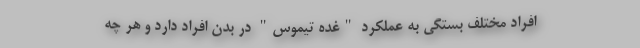
افراد مختلف بستگی به عملکرد "غده تیموس" در بدن افراد دارد و هر چه